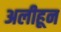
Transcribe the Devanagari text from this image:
अलीहून